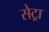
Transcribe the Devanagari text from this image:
सेट्रा